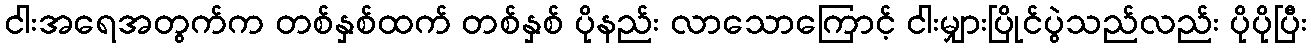
ငါးအရေအတွက်က တစ်နှစ်ထက် တစ်နှစ် ပိုနည်း လာသောကြောင့် ငါးမျှားပြိုင်ပွဲသည်လည်း ပိုပိုပြီး